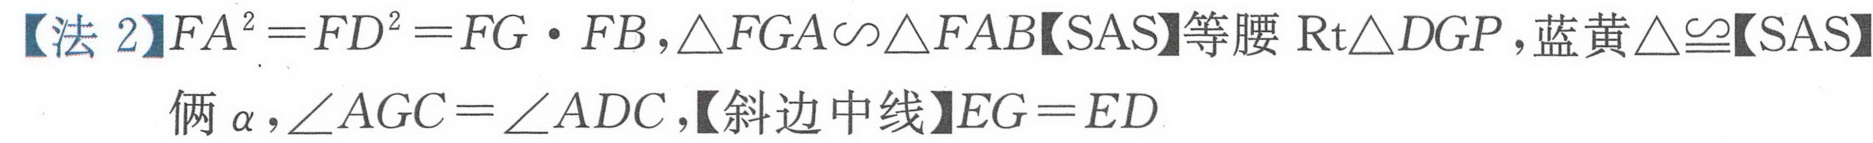
【法 2】\(FA^{2}=FD^{2}=FG\cdot FB,\triangle FGA\backsim\triangle FAB\)【SAS】等腰\(\text{Rt}\triangle DGP\)，蓝黄\(\triangle\cong\)【SAS】俩\(\alpha,\angle AGC = \angle ADC\)，【斜边中线】\(EG = ED\)